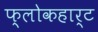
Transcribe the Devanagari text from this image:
फ्लोकहार्ट